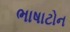
ભાષાટોન